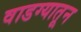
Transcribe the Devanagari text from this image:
वाडग्यातून